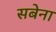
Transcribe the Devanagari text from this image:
सबेना